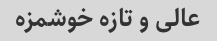
عالی و تازه خوشمزه